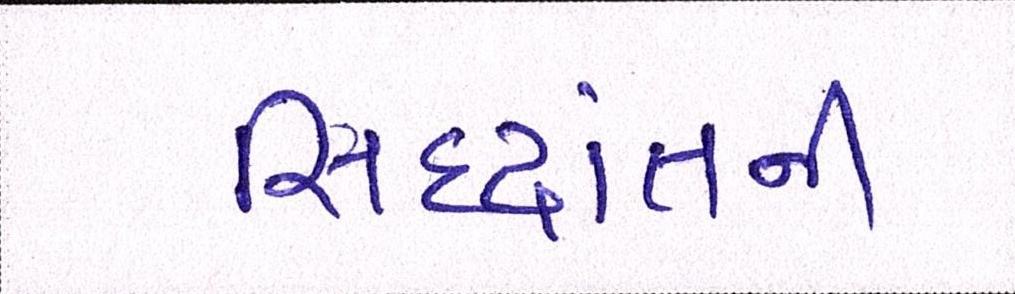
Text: સિદ્ધાંતની